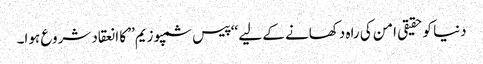
دنیا کوحقیقی امن کی راہ دکھانے کے لیے ‘‘پیس سمپوزیم’’ کا انعقاد شروع ہوا۔